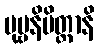
ပုဗ္ဗနိမိတ္တာနိ